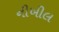
નીખીલ